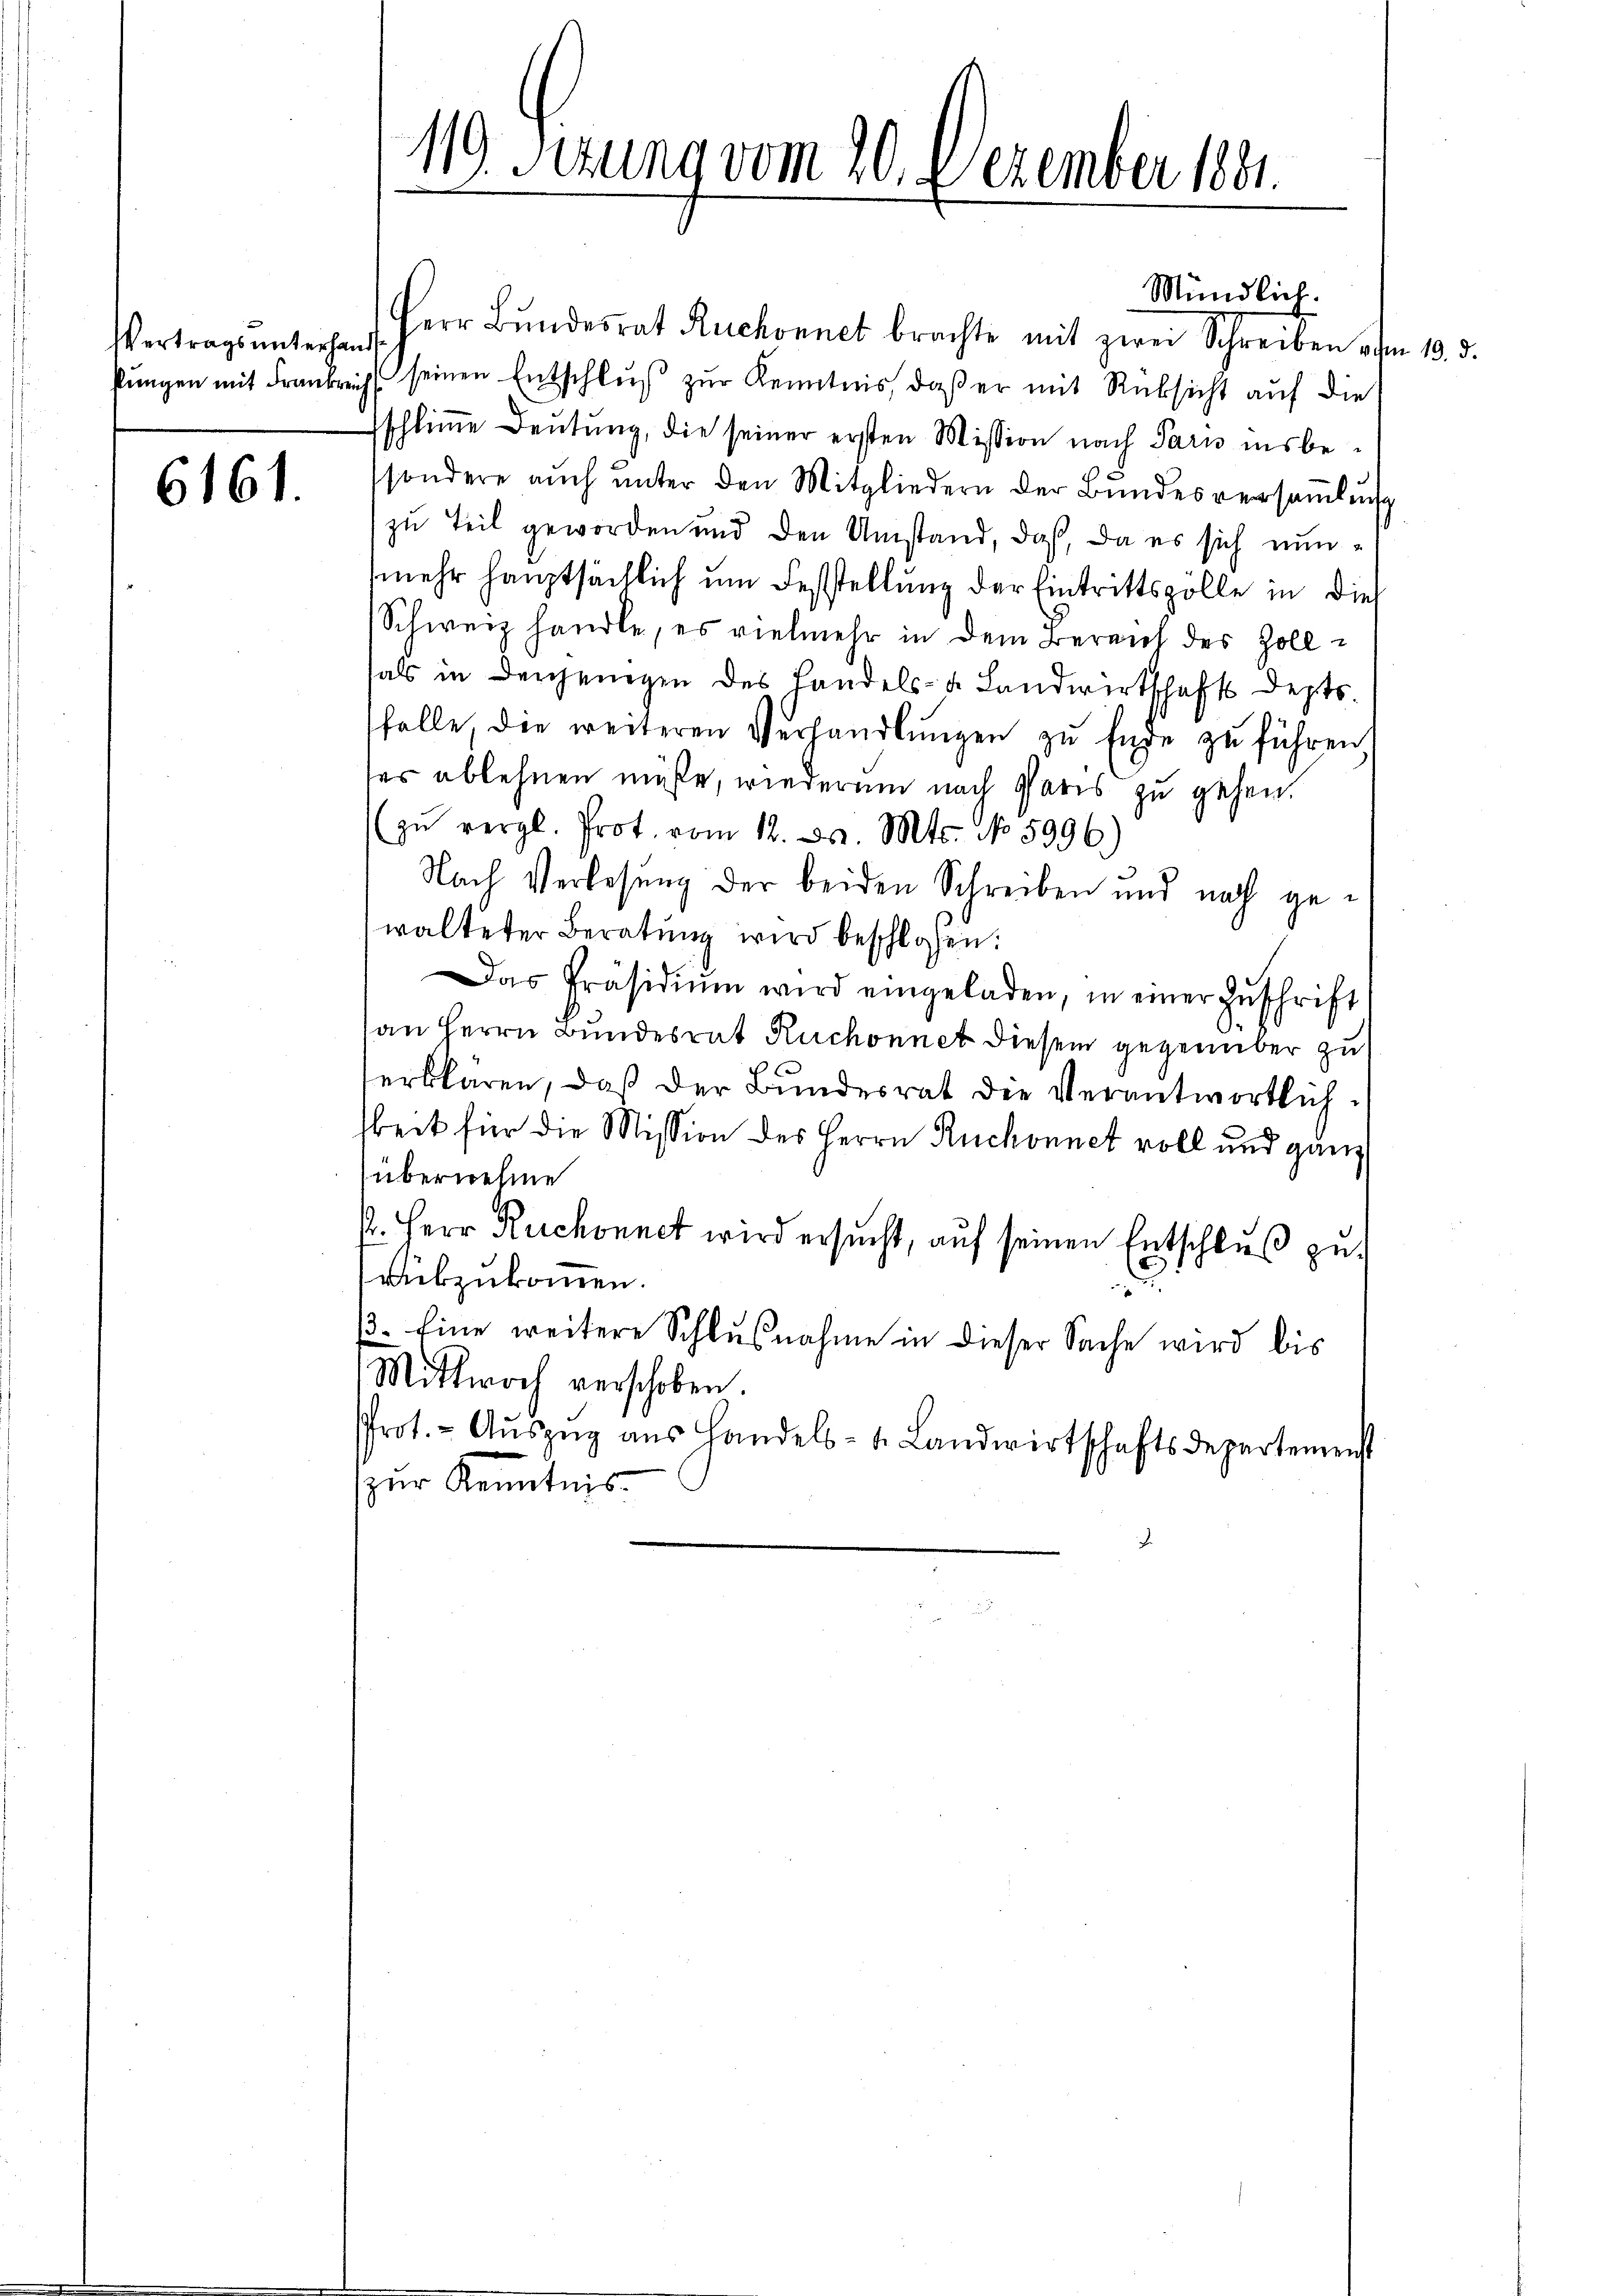
6161.

119 Sezung vom 10. Dezember 1881.

Mündlich.
Vertragsŭnter Herr Bŭndesrat Ruchonnet brachte mit zwei Schreiben vom 10. d.
kŭngen mit Frankreich seinen Entschlŭβ zŭr Kenntnis, daß er mit Rüksicht auf die
schlimme Deutung, die seiner ersten Mission nach Paris insbesondere aŭch ŭnter den Mitgliedern der Bŭndesversaṁlŭng
zu Teil geworden und den Umstand, daß, da es sich nunmehr hauptsächlich um Feststellung der Eintrittszölle in die
Schweiz handle, es vielmehr in dem Bereich des Zollhals in denjenigen des Landels- u. Landwirtschafts Depts.
folle, die weiteren Verhandlŭngen zu Ende zu führen.
ser ablehnen müße, wiederum nach Paris zu gehen.
(zŭ vergl. Prot. vom 12. ds. Mts. No 5996)
Nach Verlesung der beiden Schreiben und noch gewalteter Beratung wird beschlossen:
Das Präsidiŭm wird eingeladen, in einer Zŭschrift
an Herrn Bundesrat Ruchonnet diesem gegenüber zu
serklären, daß der Bundesrat die Verantwortlichkeit für die Mission des Herrn Ruchonnet voll und ganz
überwehne
k. Herr Ruchonnet wird ersucht, auf seinen Entschluß zu
d
rabzukommen.
.
ß. Eine weitere Schlußnahme in dieser Sache wird bis
Mittwoch verschoben.
Prot. - Aŭszŭg ans Handels- u. Landwirtschaftsdepartemenst
zur Kenntnis